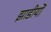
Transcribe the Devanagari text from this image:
झाडीयों